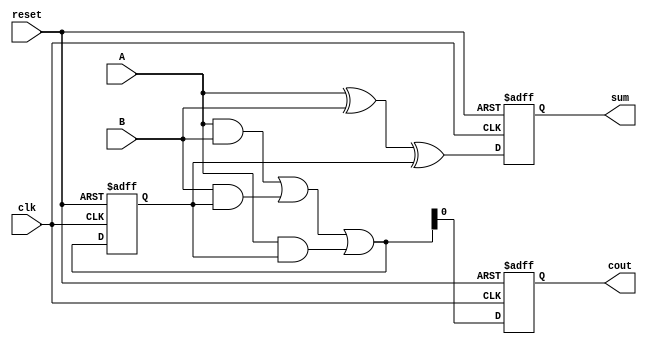
module carry_skip_lookahead_adder(
    input wire clk,
    input wire reset,
    input wire [7:0] A, B,
    output reg [7:0] sum,
    output reg cout
);

reg [7:0] carry;
reg [7:0] sum_temp;

initial begin
    sum = 8'b0;
    carry = 8'b0;
    sum_temp = 8'b0;
    cout = 1'b0;
end

always @(posedge clk or posedge reset) begin
    if(reset) begin
        sum <= 8'b0;
        carry <= 8'b0;
        sum_temp <= 8'b0;
        cout <= 1'b0;
    end else begin
        sum_temp = A ^ B ^ carry;
        carry = ((A & B) | (B & carry) | (A & carry));
        sum <= sum_temp;
        cout <= carry;
    end
end

endmodule